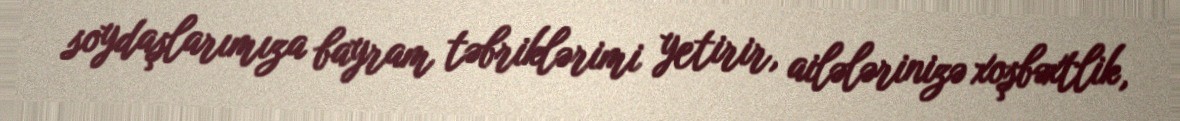
soydaşlarımıza bayram təbriklərimi yetirir, ailələrinizə xoşbəxtlik,